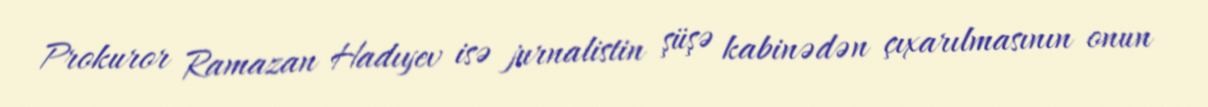
Prokuror Ramazan Hadıyev isə jurnalistin şüşə kabinədən çıxarılmasının onun